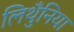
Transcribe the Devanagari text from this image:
लिथुँनिया